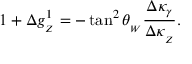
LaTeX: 1 + \Delta g _ { _ Z } ^ { 1 } = - \tan ^ { 2 } \theta _ { _ W } \frac { \Delta \kappa _ { \gamma } } { \Delta \kappa _ { _ Z } } .